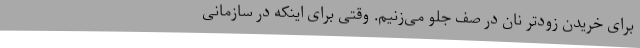
برای خریدن زودتر نان در صف جلو می‌زنیم. وقتی برای اینکه در سازمانی